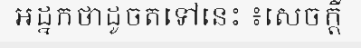
អដ្នកថាដូចតទៅនេះ ៖សេចក្តី